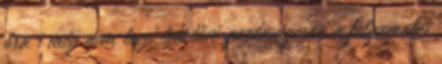
óra , még nem teszi lehetővé gazdaságosan a folyamatos